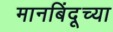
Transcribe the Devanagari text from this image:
मानबिंदूच्या